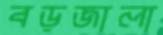
বড়জালা